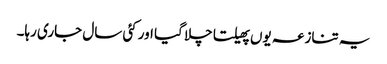
یہ تنازعہ یوں پھیلتا چلا گیا اور کئی سال جاری رہا۔